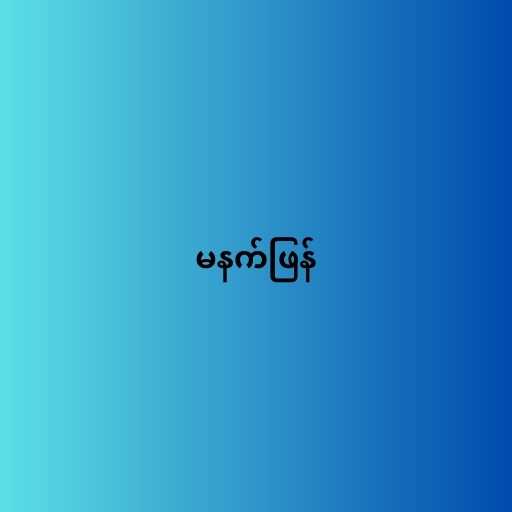
မနက်ဖြန်